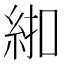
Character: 𱹰